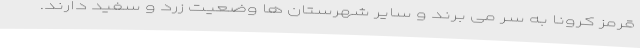
قرمز کرونا به سر می برند و سایر شهرستان ها وضعیت زرد و سفید دارند.